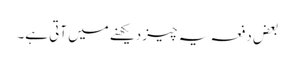
بعض دفعہ یہ چیز دیکھنے میں آتی ہے۔